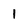
Character: 1